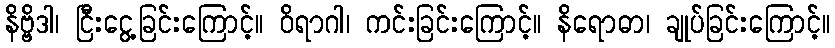
နိဗ္ဗိဒါ၊ ငြီးငွေ့ခြင်းကြောင့်။ ဝိရာဂါ၊ ကင်းခြင်းကြောင့်။ နိရောဓာ၊ ချုပ်ခြင်းကြောင့်။